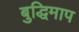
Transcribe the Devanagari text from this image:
बुद्धिमाप